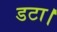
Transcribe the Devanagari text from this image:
डटा।